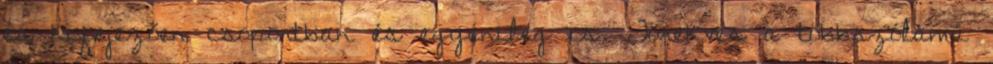
és kifejezően csoportban és egyénileg is. Törekvés a többszólamú